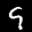
Label: 9